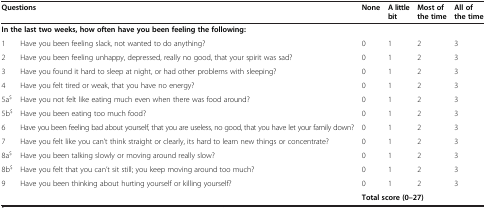
| <COLSPAN=2> Questions | None | A little bit | Most of the time | All of the time |
 | --- | --- | --- | --- | --- | --- |
 | <COLSPAN=6> In the last two weeks, how often have you been feeling the following: |
 | 1 | Have you been feeling slack, not wanted to do anything? | 0 | 1 | 2 | 3 |
 | 2 | Have you been feeling unhappy, depressed, really no good, that your spirit was sad? | 0 | 1 | 2 | 3 |
 | 3 | Have you found it hard to sleep at night, or had other problems with sleeping? | 0 | 1 | 2 | 3 |
 | 4 | Have you felt tired or weak, that you have no energy? | 0 | 1 | 2 | 3 |
 | 5a$ | Have you not felt like eating much even when there was food around? | 0 | 1 | 2 | 3 |
 | 5b$ | Have you been eating too much food? | 0 | 1 | 2 | 3 |
 | 6 | Have you been feeling bad about yourself, that you are useless, no good, that you have let your family down? | 0 | 1 | 2 | 3 |
 | 7 | Have you felt like you can’t think straight or clearly, its hard to learn new things or concentrate? | 0 | 1 | 2 | 3 |
 | 8a$ | Have you been talking slowly or moving around really slow? | 0 | 1 | 2 | 3 |
 | 8b$ | Have you felt that you can’t sit still; you keep moving around too much? | 0 | 1 | 2 | 3 |
 | 9 | Have you been thinking about hurting yourself or killing yourself? | 0 | 1 | 2 | 3 |
 |  |  | <COLSPAN=3> Total score (0–27) |  |